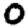
Digit: 0